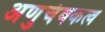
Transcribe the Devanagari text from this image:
अणुचंबकत्व